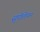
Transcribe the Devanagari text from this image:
सुपीलेपन